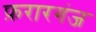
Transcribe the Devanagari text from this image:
फ़रारगंज